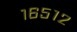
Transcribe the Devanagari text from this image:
१६५१२